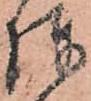
陣